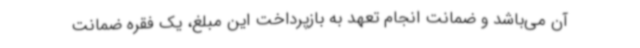
آن می‌باشد و ضمانت انجام تعهد به بازپرداخت این مبلغ، یک فقره ضمانت